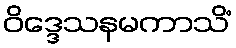
ဝိဒ္ဒေသနမကာသိံ